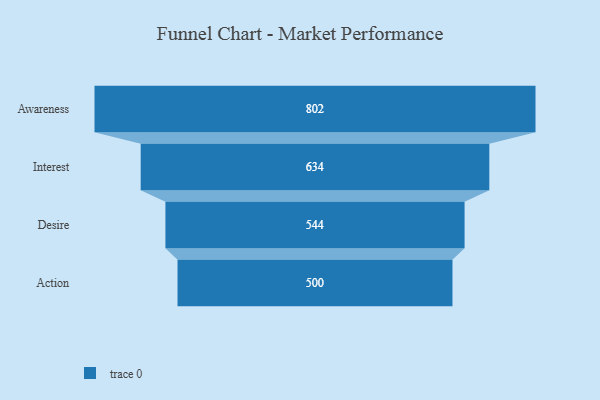
{"axis": {"x": "Stage", "y": "Value"}, "legend": [""], "data": [{"x": "Awareness", "y": 802.0, "type": ""}, {"x": "Interest", "y": 634.0, "type": ""}, {"x": "Desire", "y": 544.0, "type": ""}, {"x": "Action", "y": 500, "type": ""}]}